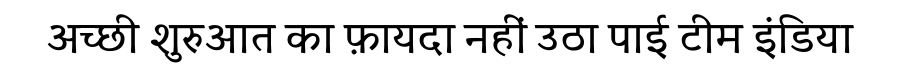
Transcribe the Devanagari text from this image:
अच्छी शुरुआत का फ़ायदा नहीं उठा पाई टीम इंडिया